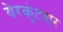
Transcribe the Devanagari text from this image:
येरकुंटवार